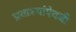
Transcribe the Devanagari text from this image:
प्रवाश्यांऐवजी